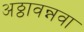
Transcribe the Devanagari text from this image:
अठ्ठावन्नवा